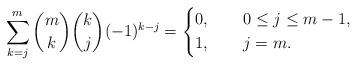
LaTeX: \begin{align*}\sum_{k=j}^m\binom{m}{k}\binom{k}{j} (-1)^{k-j}= \left\{\begin{aligned}&0,{\qquad} 0\leq j \leq m-1,\\&1,{\qquad} j = m.\end{aligned}\right.\end{align*}